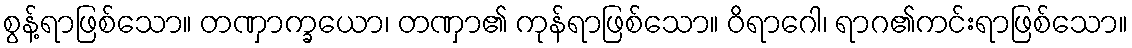
စွန့်ရာဖြစ်သော။ တဏှာက္ခယော၊ တဏှာ၏ ကုန်ရာဖြစ်သော။ ဝိရာဂေါ၊ ရာဂ၏ကင်းရာဖြစ်သော။